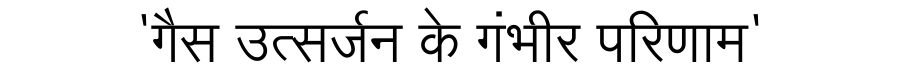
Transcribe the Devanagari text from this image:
'गैस उत्सर्जन के गंभीर परिणाम'